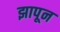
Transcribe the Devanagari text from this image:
झापून